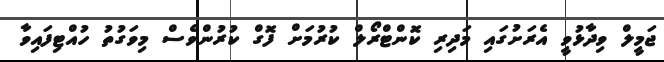
ޖަމީލް ވިދާޅުވީ އެރަށުގައި މަދިރި ކޮންޓްރޯލް ކުރުމަށް ފޮގް ކުރުންވެސް މިވަގުތު ހުއްޓިފައިވާ